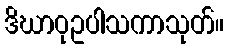
ဒိဃာဝုဥပါသကာသုတ်။